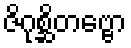
ဇိဂုစ္ဆိတဗ္ဗော